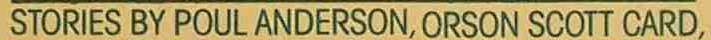
STORIES BY POUL ANDERSON, ORSON SCOTT CARD,